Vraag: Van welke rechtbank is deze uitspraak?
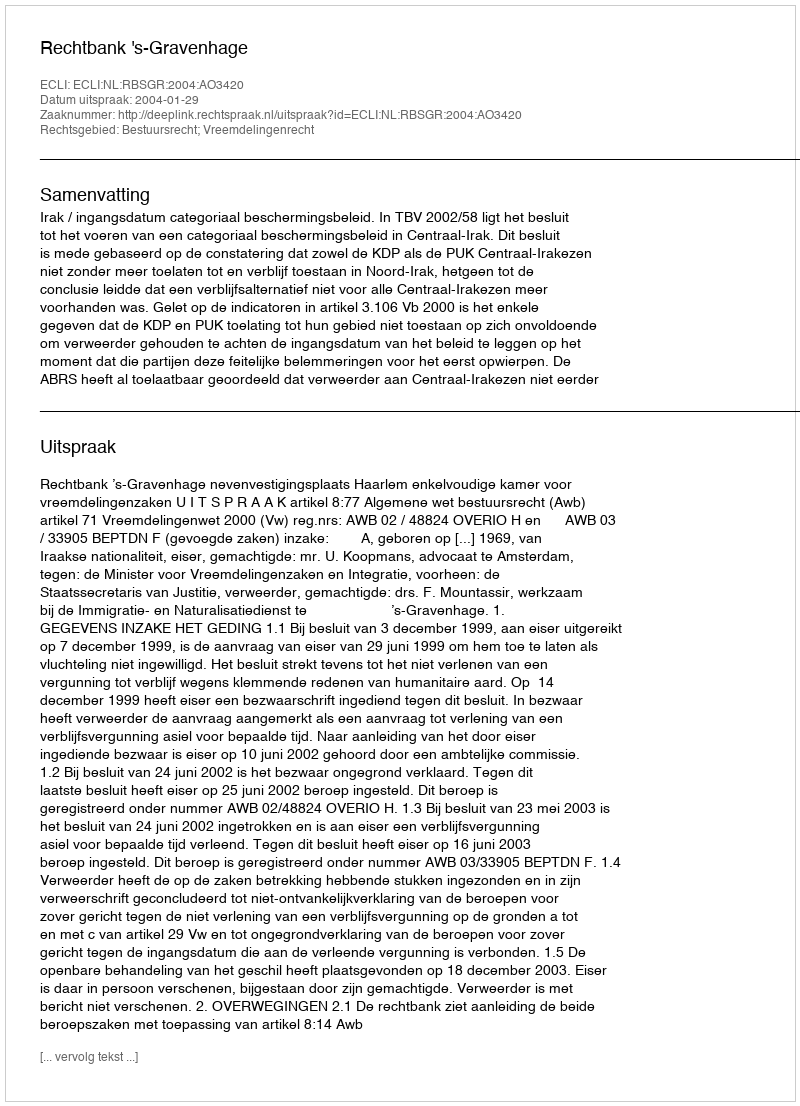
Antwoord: Rechtbank 's-Gravenhage